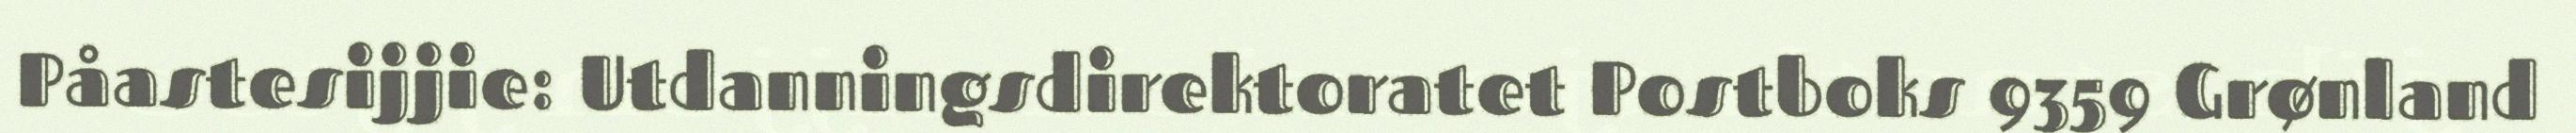
Påastesijjie: Utdanningsdirektoratet Postboks 9359 Grønland